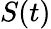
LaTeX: S(t)